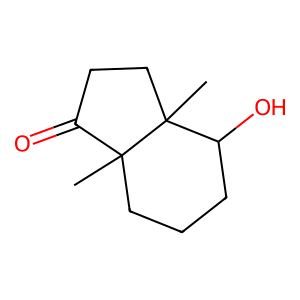
SMILES: CC12CCCC(O)C1(C)CCC2=O
Inhibits HIV replication: No